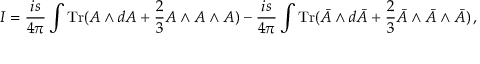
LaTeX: I = \frac { i s } { 4 \pi } \int { \mathrm { T r } } ( A \wedge d A + \frac 2 3 A \wedge A \wedge A ) - \frac { i s } { 4 \pi } \int { \mathrm { T r } } ( \bar { A } \wedge d \bar { A } + \frac 2 3 \bar { A } \wedge \bar { A } \wedge \bar { A } ) \, ,